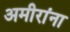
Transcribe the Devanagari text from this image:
अमीरांना